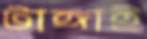
টাঙ্গাই